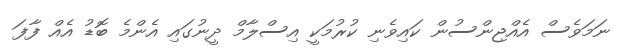
ނަމަވެސް އެއްޖިންސުން ކައިވެނި ކުރުމަކީ އިސްލާމް ދީނުގައި އެންމެ ބޮޑު އެއް ފާފަ